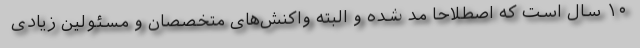
۱۰ سال است که اصطلاحا مد شده و البته واکنش‌های متخصصان و مسئولین زیادی